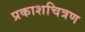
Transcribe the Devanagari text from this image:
प्रकाशचित्रण